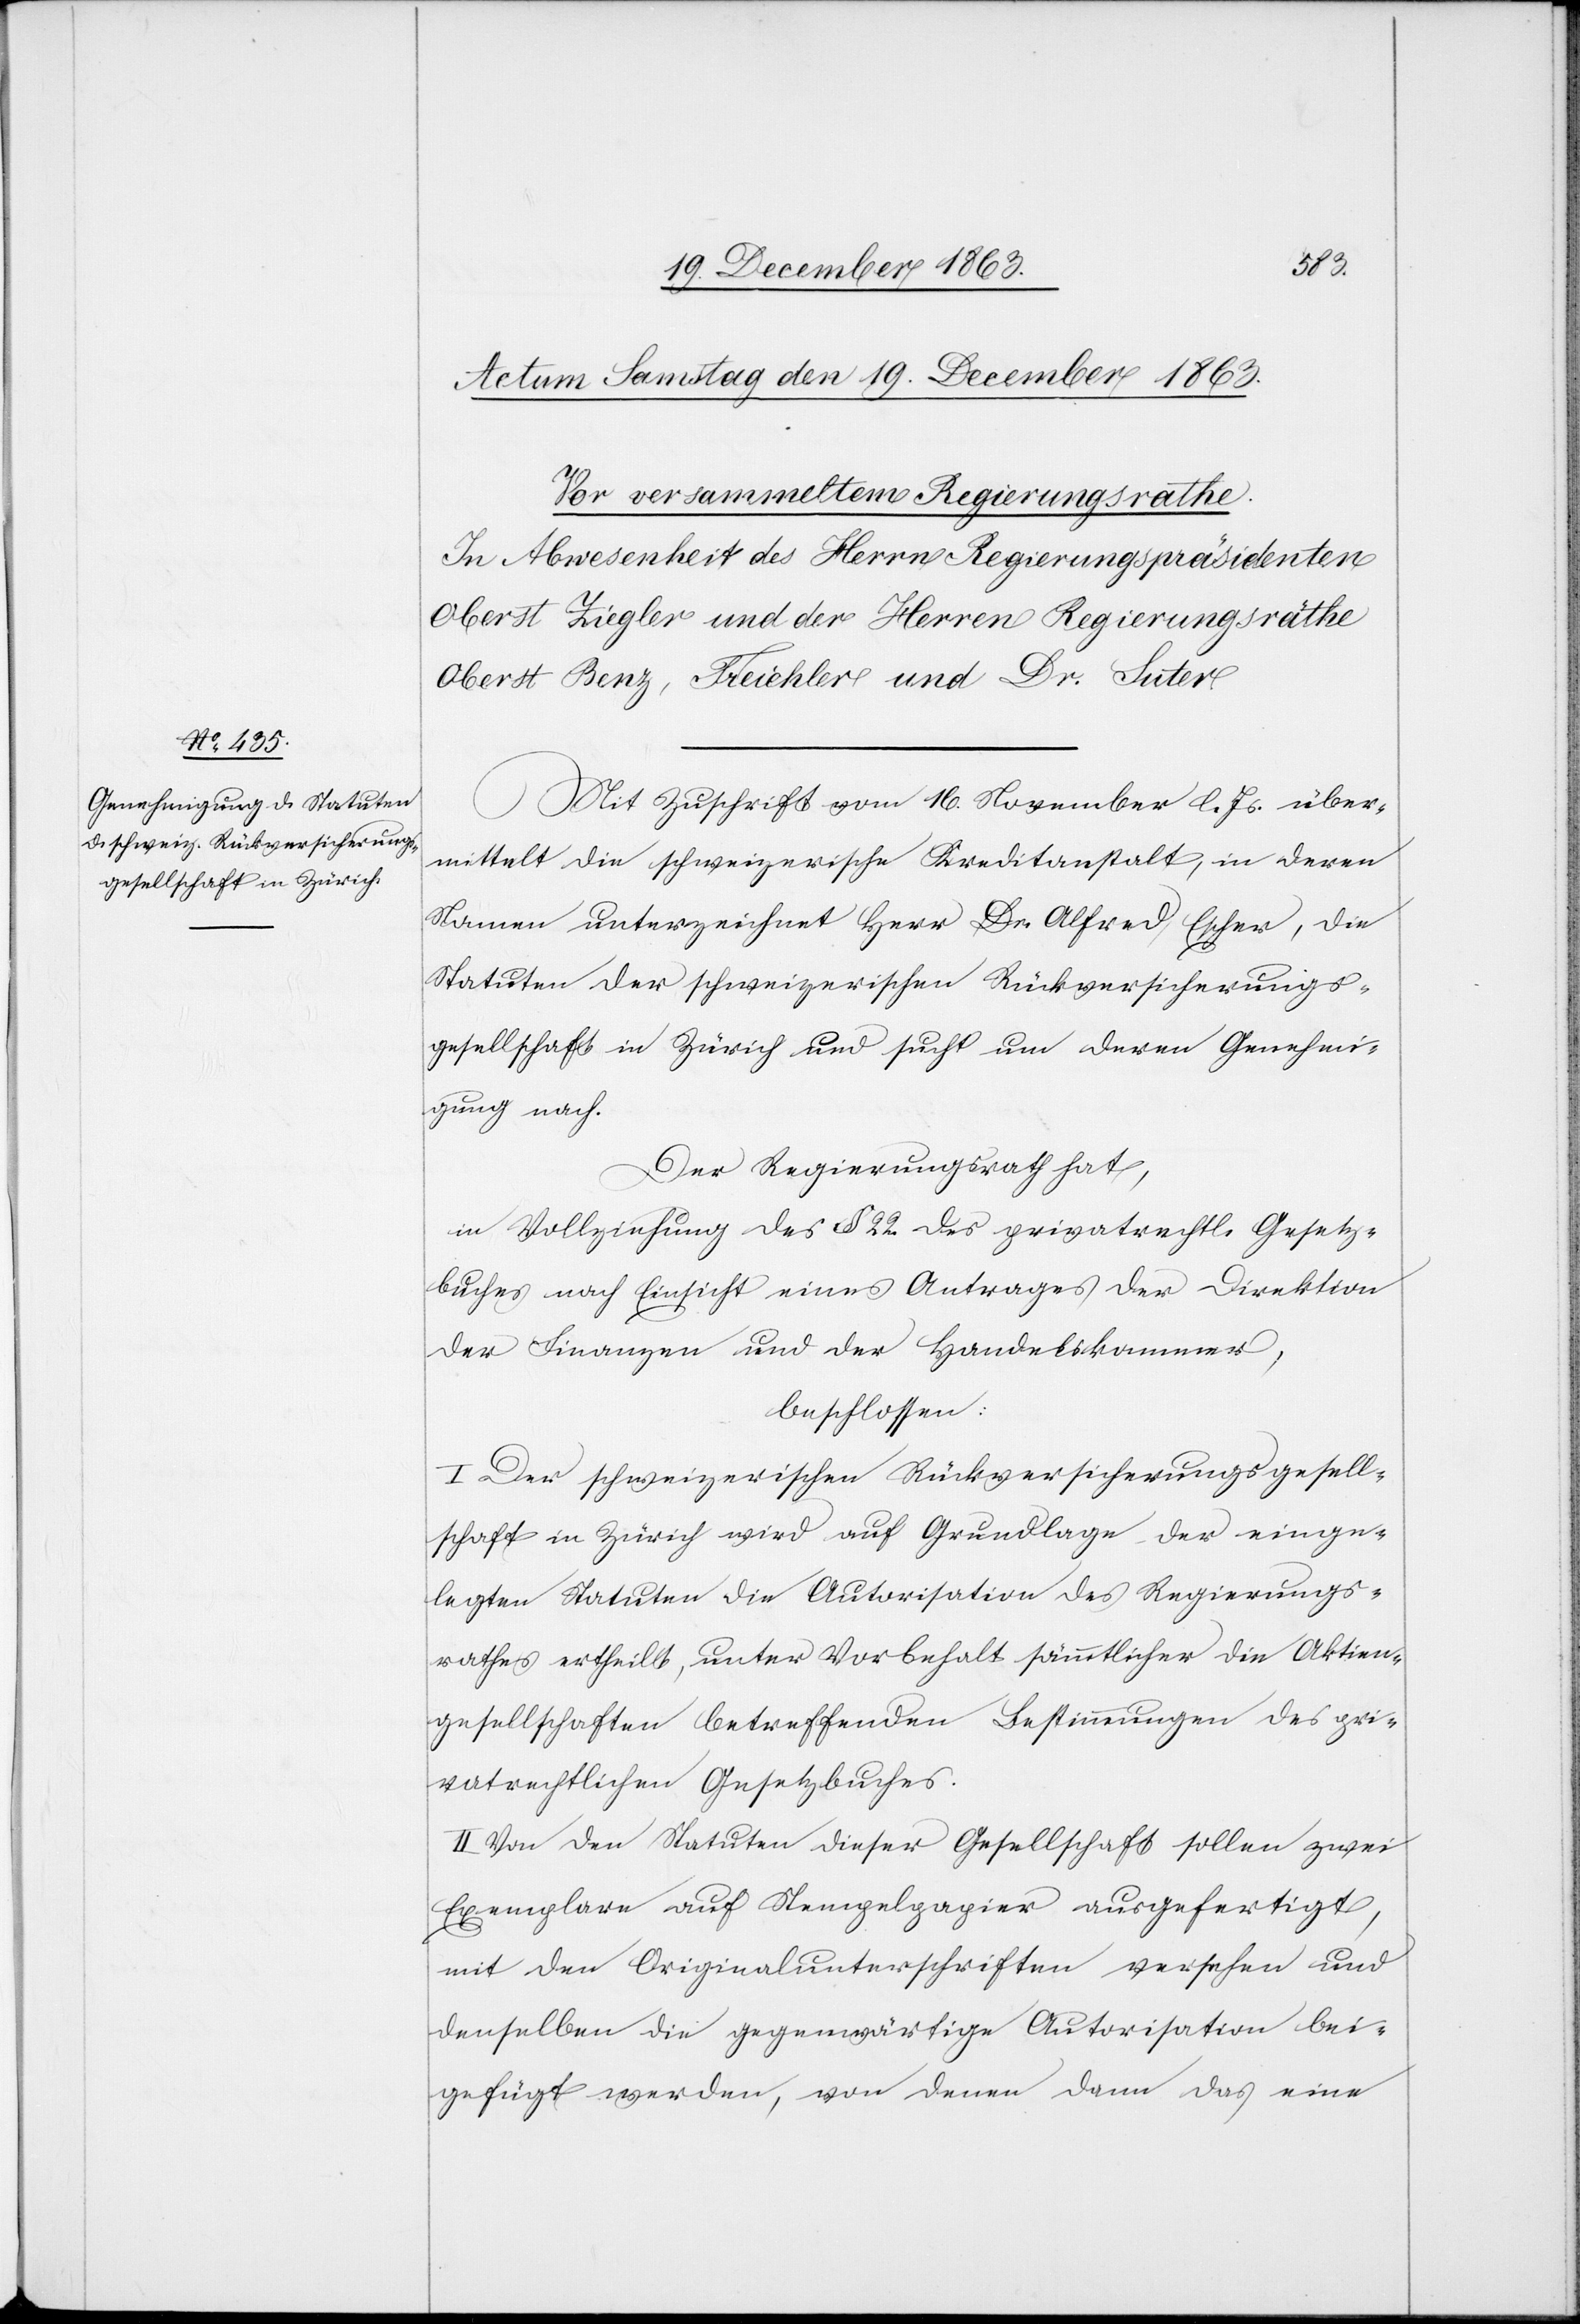
Mit Zuschrift vom 16. November l. Js. über¬
mittelt die schweizerische Kreditanstalt, in deren
Namen unterzeichnet Herr Dr. Alfred Escher, die
Statuten der schweizerischen Rückversicherungs¬
gesellschaft in Zürich und sucht um deren Genehmi¬
gung nach.
Der Regierungsrath hat,
in Vollziehung des § 22. des privatrechtl. Gesetz¬
buches nach Einsicht eines Antrages der Direktion
der Finanzen und der Handelskammer,
beschlossen:
I. Der schweizerischen Rückversicherungsgesell¬
schaft in Zürich wird auf Grundlage der einge¬
legten Statuten die Autorisation des Regierungs¬
rathes ertheilt, unter Vorbehalt sämmtlicher die Aktien¬
gesellschaften betreffenden Bestimmungen des pri¬
vatrechtlichen Gesetzbuches.
II. Von den Statuten dieser Gesellschaft sollen zwei
Exemplare auf Stempelpapier ausgefertigt,
mit den Originalunterschriften versehen und
denselben die gegenwärtige Autorisation bei¬
gefügt werden, von denen dann das eine